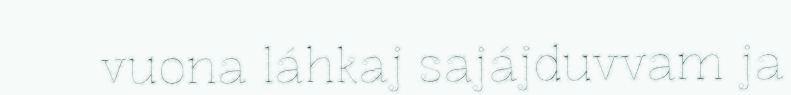
vuona láhkaj sajájduvvam ja